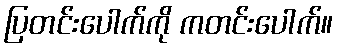
ပြတင်းပေါက်ကို ကတင်းပေါက်။